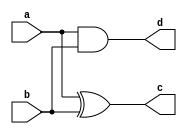
module half_adder(a,b,c,d);
    input a;
    input b;
    output c;
    output d;
    assign c = a^b;
    assign  d = a&b;
endmodule

module adder;
    reg a;
    reg b;
    wire c;
    wire d;
    half_adder test(a,b,c,d);
    initial begin
    $dumpfile("check.vcd");
    $dumpvars(0,adder);
    a=0;b=0;#100;
    a=0;b=1;#100;
    a=1;b=0;#100;
    a=1;b=1;#100;

    end
    
endmodule